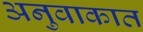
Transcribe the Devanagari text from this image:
अनुवाकात